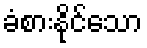
ခံစားနိုင်သော